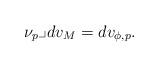
LaTeX: \begin{align*}\nu _{p}\lrcorner dv_{M}=dv_{\phi ,p}. \end{align*}